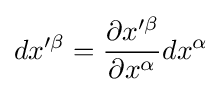
dx^{\prime \beta }={\frac {\partial x^{\prime \beta }}{\partial x^{\alpha }}}dx^{\alpha }